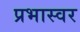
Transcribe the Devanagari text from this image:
प्रभास्वर